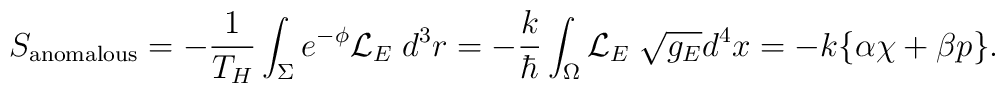
S_{\rm anomalous}= - {1\over T_H} \int_\Sigma e^{-\phi} {\cal L}_E \; d^3r= - {k\over\hbar} \int_\Omega {\cal L}_E  \; \sqrt{g_E} d^4x= - k \{\alpha\chi +\beta p\}.